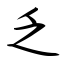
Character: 乏